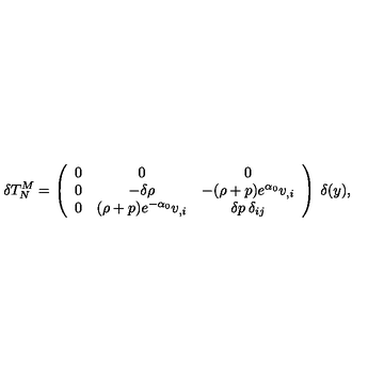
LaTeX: \delta T _ { N } ^ { M } = \left( \begin{array} { c c c } { 0 } & { 0 } & { 0 } \\ { 0 } & { - \delta \rho } & { - ( \rho + p ) e ^ { \alpha _ { 0 } } v _ { , i } } \\ { 0 } & { ( \rho + p ) e ^ { - \alpha _ { 0 } } v _ { , i } } & { \delta p \: \delta _ { i j } } \\ \end{array} \right) \: \delta ( y ) ,